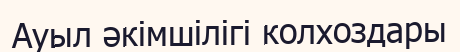
Ауыл әкімшілігі колхоздары